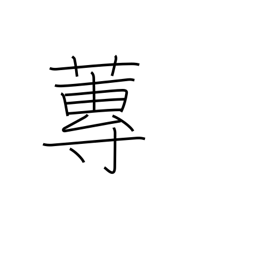
Meaning: type of water plant